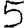
Digit: 5